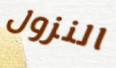
النزول